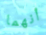
أنهما